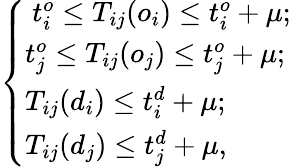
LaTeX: \left\{ \begin{array}{ll}{\ t_{i}^{o}\leq T_{ij}(o_{i})\leq t_{i}^{o}+\mu;}\\ {t_{j}^{o}\leq T_{ij}(o_{j})\leq t_{j}^{o}+\mu;}\\ {T_{ij}(d_{i})\leq t_{i}^{d}+\mu;}\\ {T_{ij}(d_{j})\leq t_{j}^{d}+\mu,}\end{array}\right.